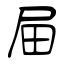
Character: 屇